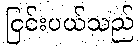
ငြင်းပယ်သည်